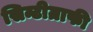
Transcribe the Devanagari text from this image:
सिन्टीग्राफी